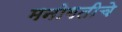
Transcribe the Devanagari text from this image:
मनोगतीचे